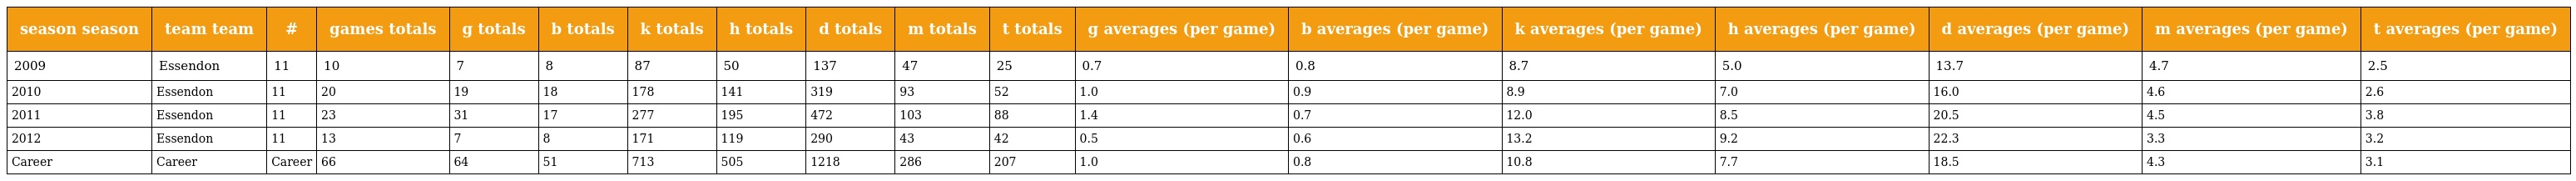
| season season | team team | # | games totals | g totals | b totals | k totals | h totals | d totals | m totals | t totals | g averages (per game) | b averages (per game) | k averages (per game) | h averages (per game) | d averages (per game) | m averages (per game) | t averages (per game) |
 | --- | --- | --- | --- | --- | --- | --- | --- | --- | --- | --- | --- | --- | --- | --- | --- | --- | --- |
 | 2009 | Essendon | 11 | 10 | 7 | 8 | 87 | 50 | 137 | 47 | 25 | 0.7 | 0.8 | 8.7 | 5.0 | 13.7 | 4.7 | 2.5 |
 | 2010 | Essendon | 11 | 20 | 19 | 18 | 178 | 141 | 319 | 93 | 52 | 1.0 | 0.9 | 8.9 | 7.0 | 16.0 | 4.6 | 2.6 |
 | 2011 | Essendon | 11 | 23 | 31 | 17 | 277 | 195 | 472 | 103 | 88 | 1.4 | 0.7 | 12.0 | 8.5 | 20.5 | 4.5 | 3.8 |
 | 2012 | Essendon | 11 | 13 | 7 | 8 | 171 | 119 | 290 | 43 | 42 | 0.5 | 0.6 | 13.2 | 9.2 | 22.3 | 3.3 | 3.2 |
 | Career | Career | Career | 66 | 64 | 51 | 713 | 505 | 1218 | 286 | 207 | 1.0 | 0.8 | 10.8 | 7.7 | 18.5 | 4.3 | 3.1 |